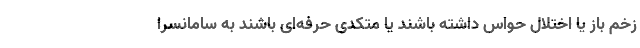
زخم باز یا اختلال حواس داشته باشند یا متکدی حرفه‌ای باشند به سامانسرا